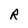
Character: R